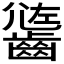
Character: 𪙄